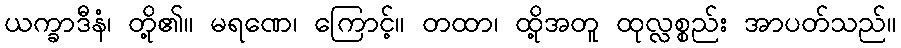
ယက္ခာဒီနံ၊ တို့၏။ မရဏေ၊ ကြောင့်။ တထာ၊ ထို့အတူ ထုလ္လစ္စည်း အာပတ်သည်။